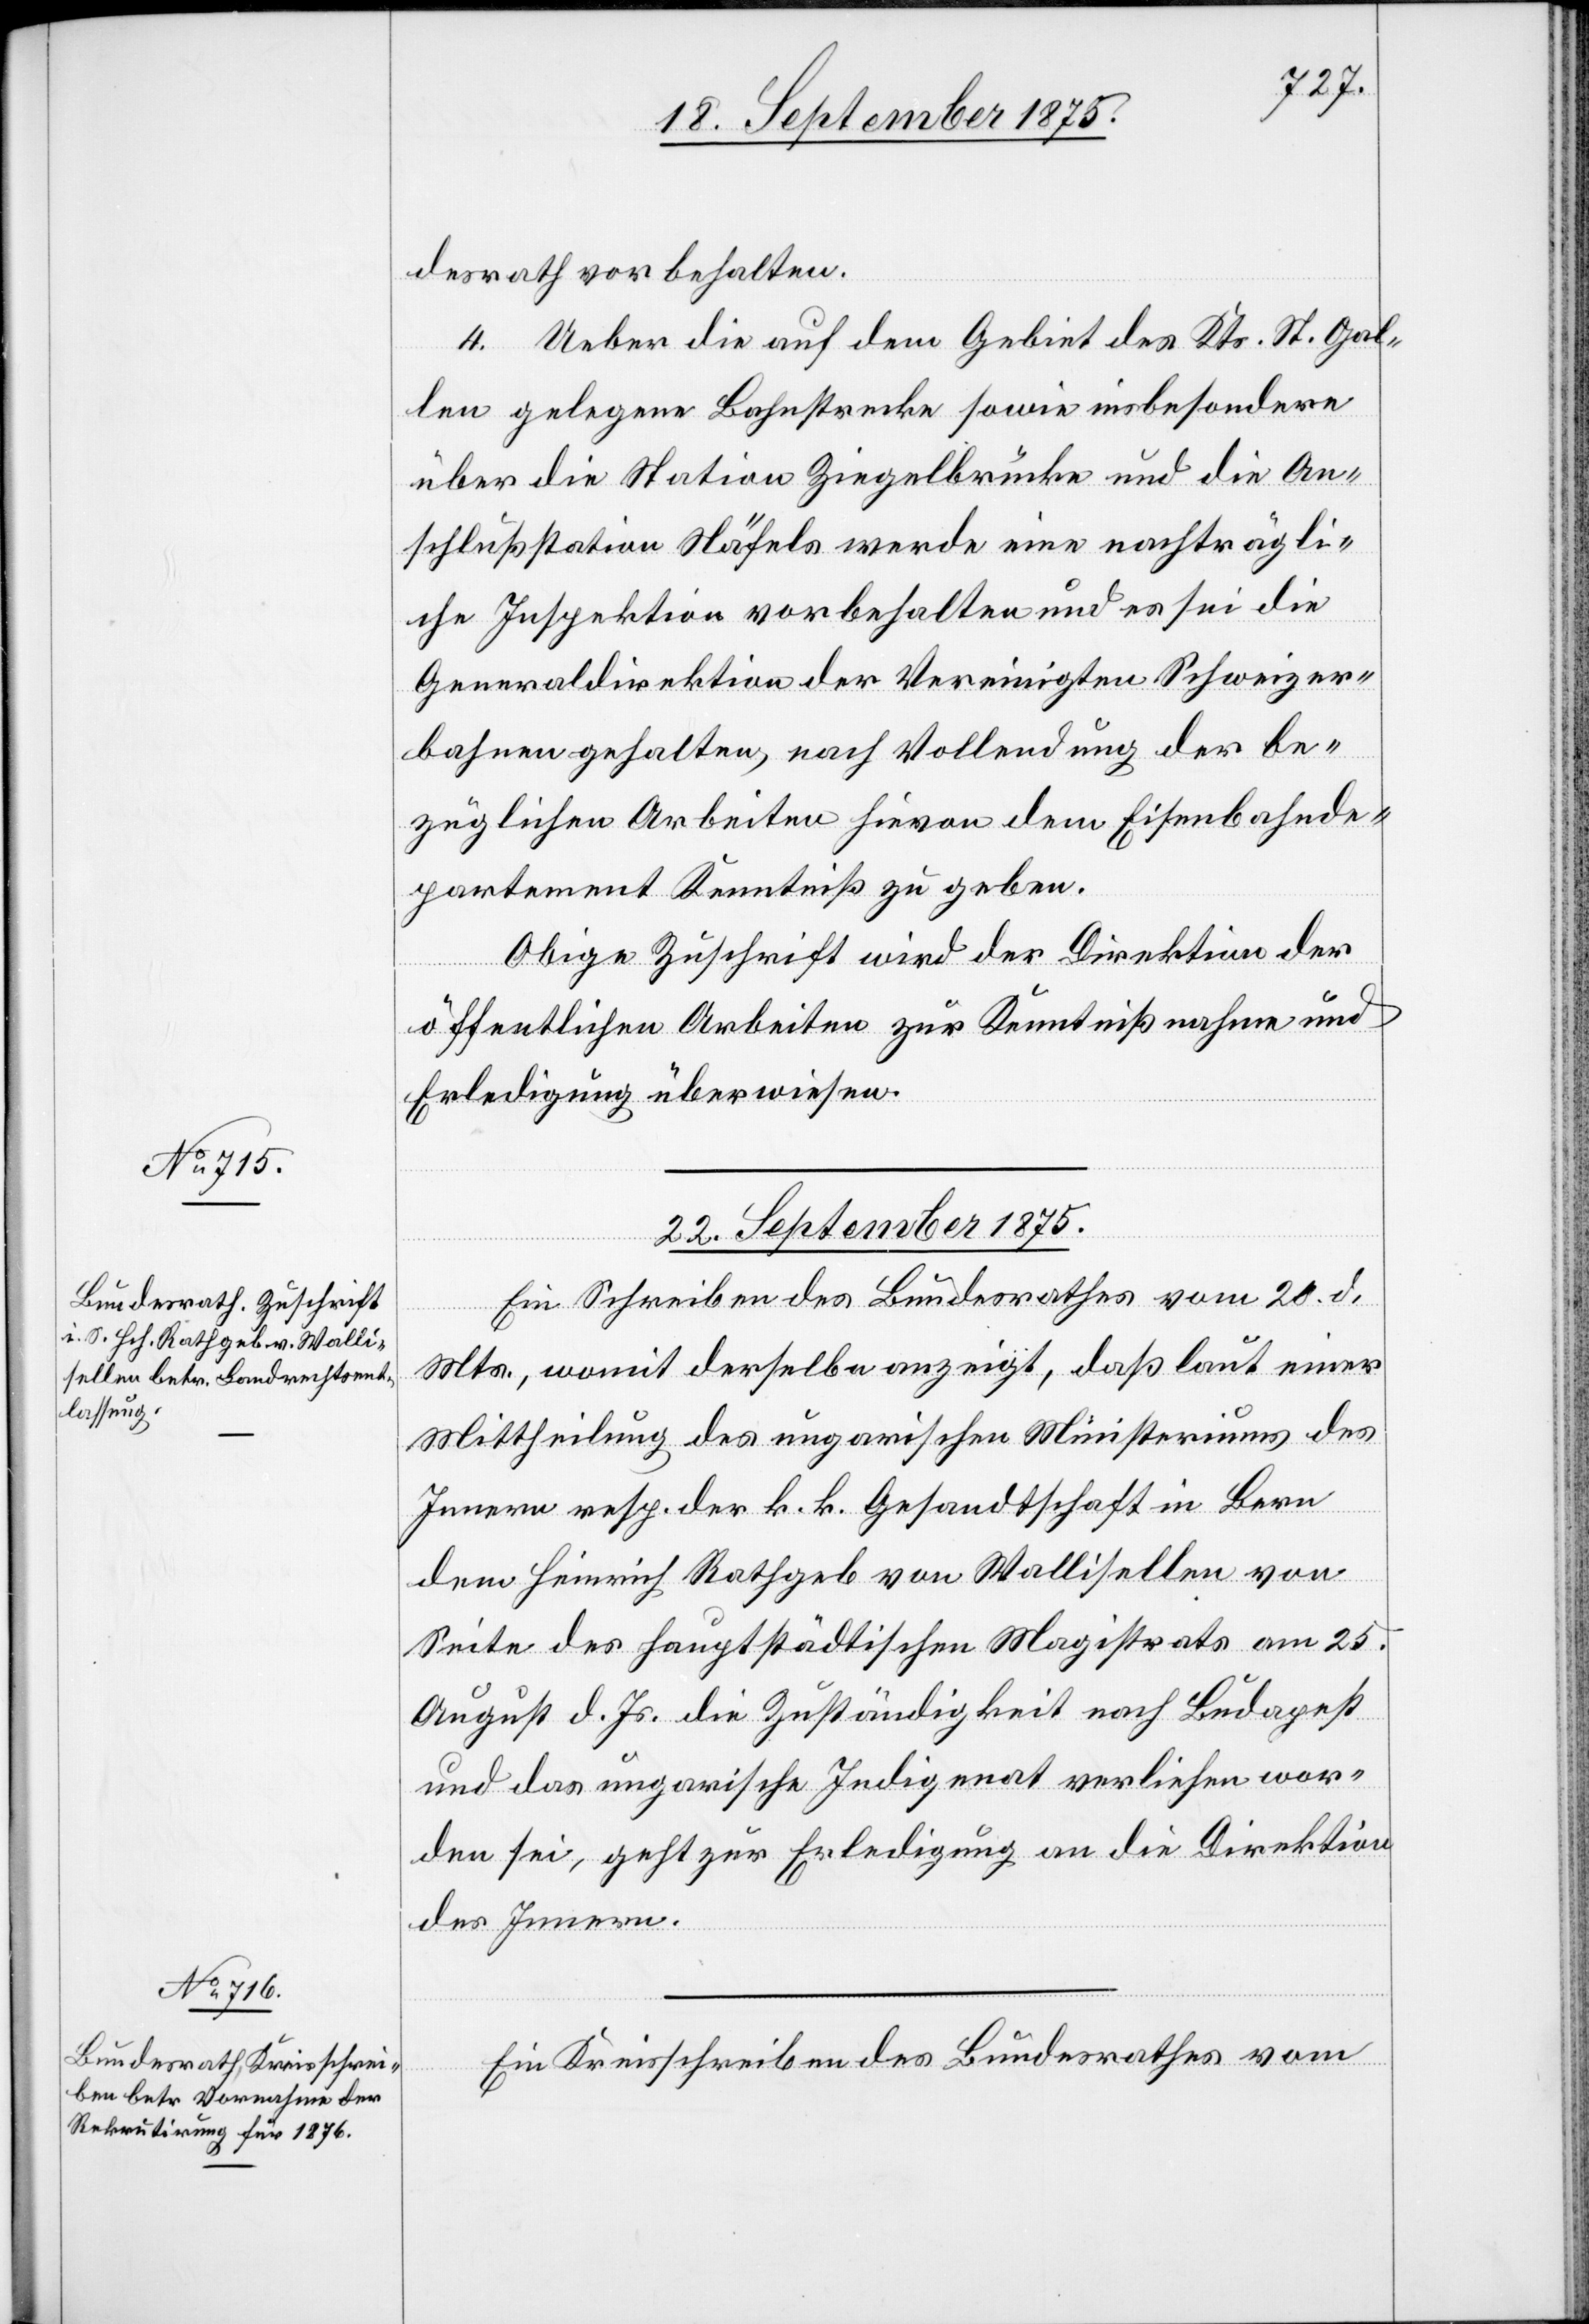
desrath vorbehalten.
4. Ueber die auf dem Gebiet des Kts. St. Gal¬
len gelegene Bahnstrecke sowie insbesondere
über die Station Ziegelbrücke und die An¬
schlußstation Näfels werde eine nachträgli¬
che Inspektion vorbehalten und es sei die
Generaldirektion der Vereinigten Schweizer¬
bahnen gehalten, nach Vollendung der be¬
züglichen Arbeiten hievon dem Eisenbahnde¬
partement Kenntniß zu geben.
Obige Zuschrift wird der Direktion der
öffentlichen Arbeiten zur Kenntnißnahme und
Erledigung überwiesen.
22. September 1875.]
Ein Schreiben des Bundesrathes vom 20. d.
Mts., womit derselbe anzeigt, daß laut einer
Mittheilung des ungarischen Ministeriums des
Innern resp. der k. k. Gesandtschaft in Bern
dem Heinrich Rathgeb von Wallisellen von
Seite des hauptstädtischen Magistrats am 25.
August d. Js. die Zuständigkeit nach Budapest
und das ungarische Indigenat verliehen wor¬
den sei, geht zur Erledigung an die Direktion
des Innern.
Ein Kreisschreiben des Bundesrathes vom